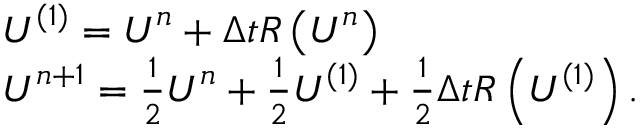
\begin{array} { r l } & { \boldsymbol { U } ^ { ( 1 ) } = \boldsymbol { U } ^ { n } + \Delta t \boldsymbol { R } \left( \boldsymbol { U } ^ { n } \right) } \\ & { \boldsymbol { U } ^ { n + 1 } = \frac { 1 } { 2 } \boldsymbol { U } ^ { n } + \frac { 1 } { 2 } \boldsymbol { U } ^ { ( 1 ) } + \frac { 1 } { 2 } \Delta t \boldsymbol { R } \left( \boldsymbol { U } ^ { ( 1 ) } \right) . } \end{array}